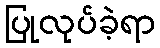
ပြုလုပ်ခဲ့ရာ